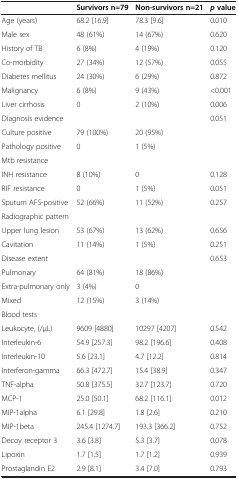
<table><thead><tr><td>[EMPTY_CELL]</td><td><b>Survivors n=79</b></td><td><b>Non-survivors n=21</b></td><td><b><i>p </i>value</b></td></tr></thead><tbody><tr><td>Age (years)</td><td>68.2 [16.9]</td><td>78.3 [9.6]</td><td>0.010</td></tr><tr><td>Male sex</td><td>48 (61%)</td><td>14 (67%)</td><td>0.620</td></tr><tr><td>History of TB</td><td>6 (8%)</td><td>4 (19%)</td><td>0.120</td></tr><tr><td>Co-morbidity</td><td>27 (34%)</td><td>12 (57%)</td><td>0.055</td></tr><tr><td>Diabetes mellitus</td><td>24 (30%)</td><td>6 (29%)</td><td>0.872</td></tr><tr><td>Malignancy</td><td>6 (8%)</td><td>9 (43%)</td><td>&lt;0.001</td></tr><tr><td>Liver cirrhosis</td><td>0</td><td>2 (10%)</td><td>0.006</td></tr><tr><td>Diagnosis evidence</td><td>[EMPTY_CELL]</td><td>[EMPTY_CELL]</td><td>0.051</td></tr><tr><td>Culture positive</td><td>79 (100%)</td><td>20 (95%)</td><td>[EMPTY_CELL]</td></tr><tr><td>Pathology positive</td><td>0</td><td>1 (5%)</td><td>[EMPTY_CELL]</td></tr><tr><td>Mtb resistance</td><td>[EMPTY_CELL]</td><td>[EMPTY_CELL]</td><td>[EMPTY_CELL]</td></tr><tr><td>INH resistance</td><td>8 (10%)</td><td>0</td><td>0.128</td></tr><tr><td>RIF resistance</td><td>0</td><td>1 (5%)</td><td>0.051</td></tr><tr><td>Sputum AFS-positive</td><td>52 (66%)</td><td>11 (52%)</td><td>0.257</td></tr><tr><td>Radiographic pattern</td><td>[EMPTY_CELL]</td><td>[EMPTY_CELL]</td><td>[EMPTY_CELL]</td></tr><tr><td>Upper lung lesion</td><td>53 (67%)</td><td>13 (62%)</td><td>0.656</td></tr><tr><td>Cavitation</td><td>11 (14%)</td><td>1 (5%)</td><td>0.251</td></tr><tr><td>Disease extent</td><td>[EMPTY_CELL]</td><td>[EMPTY_CELL]</td><td>0.653</td></tr><tr><td>Pulmonary</td><td>64 (81%)</td><td>18 (86%)</td><td>[EMPTY_CELL]</td></tr><tr><td>Extra-pulmonary only</td><td>3 (4%)</td><td>0</td><td>[EMPTY_CELL]</td></tr><tr><td>Mixed</td><td>12 (15%)</td><td>3 (14%)</td><td>[EMPTY_CELL]</td></tr><tr><td>Blood tests</td><td>[EMPTY_CELL]</td><td>[EMPTY_CELL]</td><td>[EMPTY_CELL]</td></tr><tr><td>Leukocyte, (/μL)</td><td>9609 [4880]</td><td>10297 [4207]</td><td>0.542</td></tr><tr><td>Interleukin-6</td><td>54.9 [257.3]</td><td>98.2 [196.6]</td><td>0.408</td></tr><tr><td>Interleukin-10</td><td>5.6 [23.1]</td><td>4.7 [12.2]</td><td>0.814</td></tr><tr><td>Interferon-gamma</td><td>66.3 [472.7]</td><td>15.4 [38.9]</td><td>0.347</td></tr><tr><td>TNF-alpha</td><td>50.8 [375.5]</td><td>32.7 [123.7]</td><td>0.720</td></tr><tr><td>MCP-1</td><td>25.0 [50.1]</td><td>68.2 [116.1]</td><td>0.012</td></tr><tr><td>MIP-1alpha</td><td>6.1 [29.8]</td><td>1.8 [2.6]</td><td>0.210</td></tr><tr><td>MIP-1beta</td><td>245.4 [1274.7]</td><td>193.3 [366.2]</td><td>0.752</td></tr><tr><td>Decoy receptor 3</td><td>3.6 [3.8]</td><td>5.3 [3.7]</td><td>0.078</td></tr><tr><td>Lipoxin</td><td>1.7 [1.5]</td><td>1.7 [1.2]</td><td>0.939</td></tr><tr><td>Prostaglandin E2</td><td>2.9 [8.1]</td><td>3.4 [7.0]</td><td>0.793</td></tr></tbody></table>